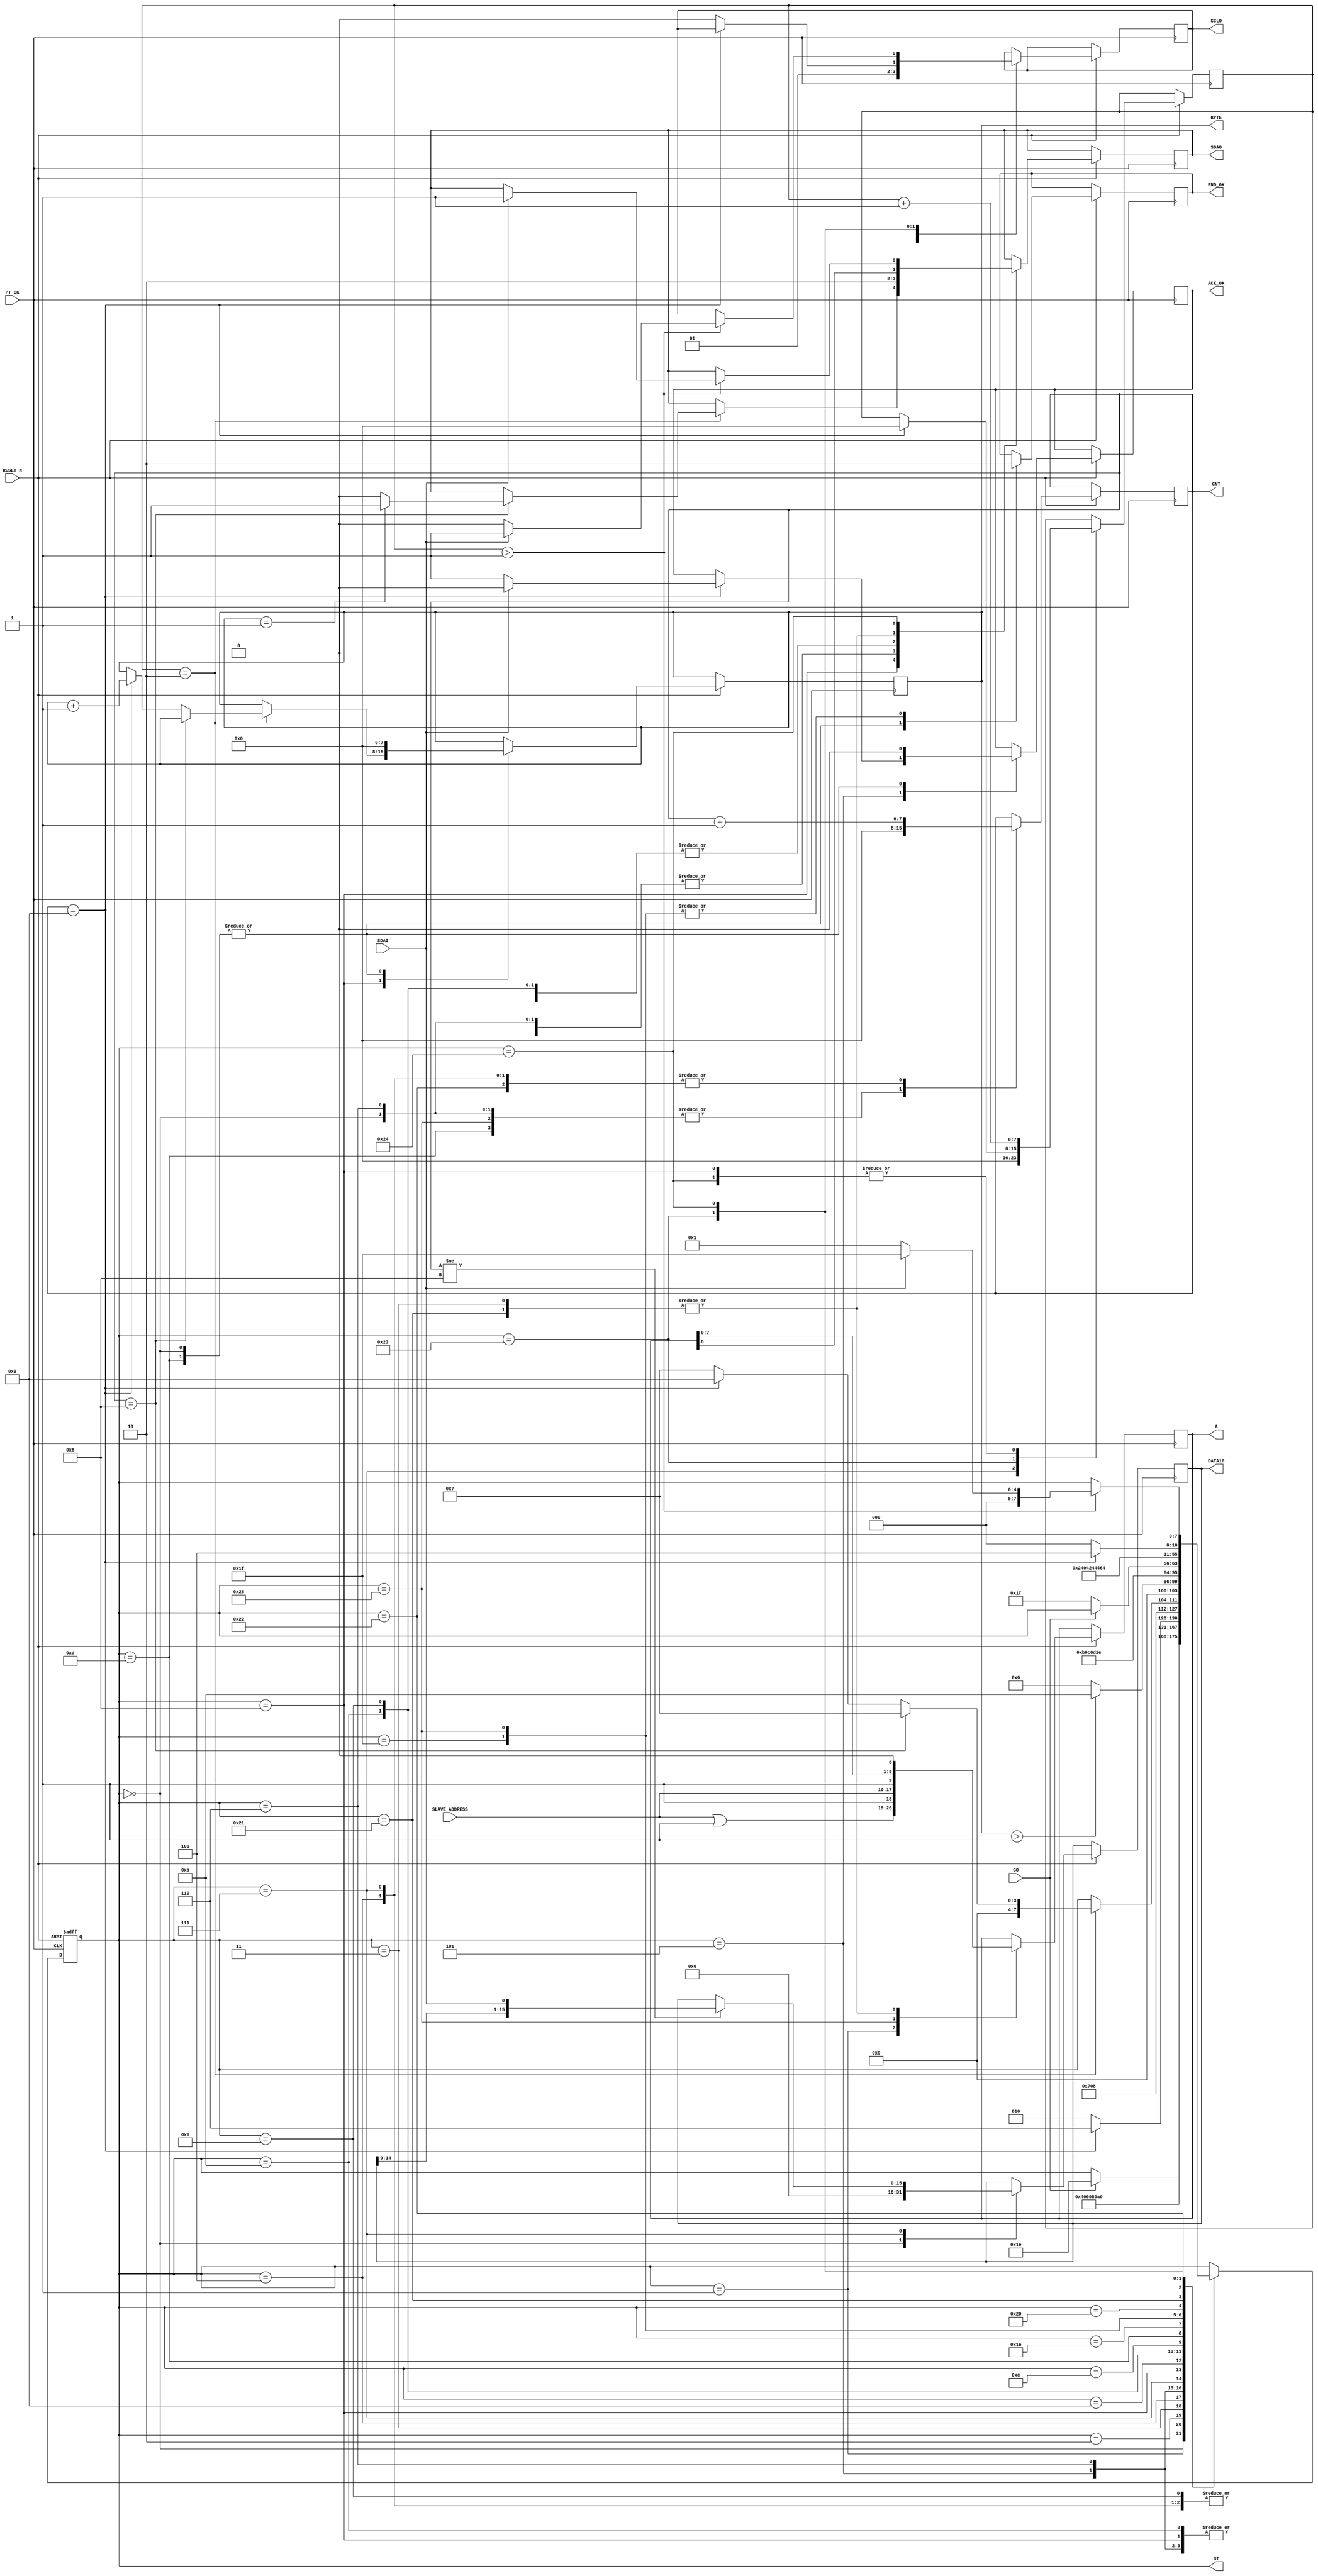
module I2C_READ_2BYTE (
   input  				RESET_N ,
	input       		PT_CK,
	input       [7:0]	SLAVE_ADDRESS ,
	input       		GO,
	input       		SDAI,
	output reg  		SDAO,
	output reg  		SCLO,
	output reg  		END_OK , 
	output reg  [15:0] DATA16 , 
	//for TEST
	output reg  [7:0] ST ,
	output reg        ACK_OK,
	output reg  [7:0] CNT,
	output reg  [8:0] A ,
	output reg  [7:0] BYTE
);

reg    [7:0]DELY ;    //ST DELAY
wire   [7:0]END_BYTE ; 
assign      END_BYTE =1;

always @( negedge RESET_N or posedge  PT_CK )begin
if (!RESET_N  ) ST <=0;
else 
	  case (ST)
	    0: begin  
		      SDAO   <=1; 
	         SCLO   <=1;
	         ACK_OK <=0;
	         CNT    <=0;
	         END_OK <=1;
	         BYTE   <=0;
				DATA16 <=0;
	         if (GO) ST  <=30 ;							
		    end		  
	  //----I2C READ-COMMAND---
	    1: begin  //start 
		      ST <=2 ; 
			   { SDAO,  SCLO } <= 2'b01; 
				A <= {SLAVE_ADDRESS | 1  ,1'b1 };//READ COMMAND
		    end
	    2: begin  //start 
		      ST <=3 ; 
			   { SDAO,  SCLO } <= 2'b00; 
		    end
			 
	    3: begin  //start 
		      ST <=4 ; 
			   { SDAO, A } <= { A ,1'b0 }; 
		    end
	    4: begin
		      ST <=5 ; 
			   SCLO <= 1'b1 ; 
				CNT <= CNT +1 ;
		    end
			 
	    5: begin  
			   SCLO <= 1'b0 ; 
			   if (CNT ==9) begin
				    ST <= 6 ; 
					 if ( !SDAI ) ACK_OK <=1 ; 
					 else ACK_OK <=0 ; 
				 end
				 else ST <= 2;
		    end			 
     //-----DATA READ---
	    6: begin 
		      ST <=7 ; 
			   {SDAO , SCLO} <= 2'b10; 			
				CNT <=0 ;
		    end
	    7: begin  
		      ST <=8 ;  
				DELY <=0;
			   SCLO <= 1'b1 ; 
				    if ( CNT !=8  ) DATA16 <= { DATA16[14:0], SDAI };
				   CNT <= CNT +1 ;
		    end			 
	    8: begin  		 
		    DELY <=DELY+1 ;
			 SCLO <= 1'b0 ; 
			 if (DELY ==2)  begin 			    
			    if (CNT ==8) begin
				      ST <= 7;
					   if ( BYTE  == END_BYTE )  SDAO <= 1'b1 ; 
					   else  
					   SDAO <= 1'b0 ;
				 end
			    else if (CNT == 9)  
				    begin 
					   BYTE <= BYTE +1 ;   ST <= 9; 
					 end
				 else ST <= 7;
			 end	 
		    end
	    9: begin
		     if  ( BYTE > END_BYTE ) ST <=10 ; 
			   else ST <=6 ; 
			   
         end
	    10: begin          //stop
		      ST <=11 ; 
			   { SDAO,  SCLO } <= 2'b00; 
         end
	    11: begin          //stop
		      ST <=12 ; 
			   { SDAO,  SCLO } <= 2'b01; 
         end
	    12: begin          //stop
		      ST <=13 ; 
			   { SDAO,  SCLO } <= 2'b11; 
         end	
		 13:	 
			  begin
		      ST     <= 30; 
				END_OK <= 1;
		      SDAO   <=1; 
	         SCLO   <=1;
	         ACK_OK <=0;
	         CNT    <=0;
	         BYTE <=0;				
		     end
		//--- END ---
		30: begin
            if (!GO) ST  <=31;
          end
		//--- END ---
		  30: begin
            if (!GO) ST  <=31;
          end			
		  31: begin  //
		      END_OK<=0;
				ST    <=1;	
			end	
	  //---SLEEP UP-----		 
	    40: begin  //

		      END_OK<=0;
				CNT <=0 ; 
		      ST <=32 ; 
			   { SDAO,  SCLO } <= 2'b01; 
				A <= {SLAVE_ADDRESS ,1'b1 };//WRITE COMMAND
		    end
	    32: begin  //start 
		      ST <=33 ; 
			   { SDAO,  SCLO } <= 2'b00; 
		    end			 
	    33: begin  //start 
		      ST <=34 ; 
			   { SDAO, A } <= { A ,1'b0 }; 
		    end
	    34: begin  //start 
		      ST <=35 ; 
			   SCLO <= 1'b1 ; 
				CNT <= CNT +1 ;
		    end
			 
	    35: begin  
			  
			  if (CNT==9)  begin DELY<=0;  ST <= 36;end 
			  else begin ST <= 32; SCLO <= 1'b0 ; end 
		    end	
 			 
	    36: begin  
		         DELY<=DELY+1;
				   if ( DELY > 1 )  begin 
				         if ( SDAI==1 ) begin ST <= 31 ;  { SDAO,  SCLO } <= 2'b11; end
			            else  begin ST <=1 ;SCLO <= 1'b0;  end 
			      end
				end	
		//--I2C START--
	 			  	  
	  endcase 
  end

endmodule